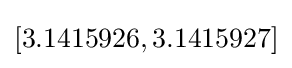
[3.1415926,3.1415927]